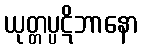
ယုတ္တပ္ပဋိဘာနော